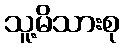
သူ့မိသားစု